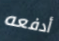
أدفعه